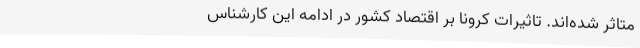
متاثر شده‌اند. تاثیرات کرونا بر اقتصاد کشور در ادامه این کارشناس